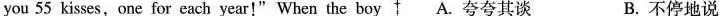
you 55 kisses,one for each year!" When the boy A.夸夸其谈 B.不停地说